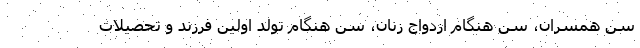
سن همسران، سن هنگام ازدواج زنان، سن هنگام تولد اولین فرزند و تحصیلات